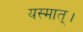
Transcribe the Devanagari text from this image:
यस्मात्।